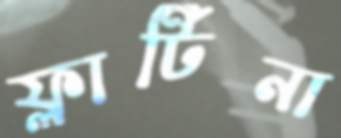
ফ্লার্টিনা